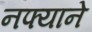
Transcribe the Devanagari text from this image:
नफ्याने